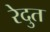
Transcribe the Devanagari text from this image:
रेदुत